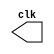
//	Nome: Giselle Caroline Vieira
// Matrcula: 424649
// Guia 09



module clock ( clk );
 output clk;
 reg    clk;

 initial
  begin
   clk = 1'b0;
  end

 always
  begin
   #12 clk = ~clk;
  end
endmodule



// Exercicio 01
module exercicio01(signal,clock);

 input  clock;
 output signal;
 reg    signal;

  initial
  begin
   signal = 1'b0;
  end

 always
  begin
   #6 signal = ~signal;
	
  end
endmodule



// Exercicio 02
module exercicio02(signal,clock);

 input  clock;
 output signal;
 reg    signal;

  initial
  begin
   signal = 1'b0;
  end

 always
  begin
   #48 signal = ~signal;
	
  end
endmodule



// Exercicio 03
module exercicio03 (signal,clock);
 input  clock;
 output signal;
 reg    signal;


 always @ ( posedge clock )
  begin
      signal = 1'b1;
	#6 signal = 1'b0;
  end
  
 always @ ( negedge clock )
  begin
  		signal = 1'b1;
   #6 signal = 1'b0;
	
  end
endmodule



// Exercicio 04
module exercicio04 ( signal,clock );
 input  clock;
 output signal;
 reg    signal;

  
 always @ ( negedge clock )
  begin
  		  signal = 1'b1;
    #48 signal = 1'b0;
  end
endmodule



// Exercicio 05
module exercicio05 ( signal,clock );
 input  clock;
 output signal;
 reg    signal;

  
 always @ ( posedge clock )
  begin
  	    signal = 1'b1;
    #3 signal = 1'b0;
  end
endmodule




// Teste
module teste;

 wire  clock;
 clock clk1 ( clock );
 
 wire saida1,saida2,saida3,saida4,saida5;
 
 exercicio01 EX01 (saida1,clock);
 exercicio02 EX02 (saida2,clock);
 exercicio03 EX03 (saida3,clock);
 exercicio04 EX04 (saida4,clock);
 exercicio05 EX05 (saida5,clock);

 initial begin
  $dumpvars (1,clock,saida1,saida2,saida3,saida4,saida5);
  #120 $finish;
  
 end
endmodule